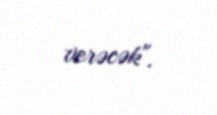
verəcək".